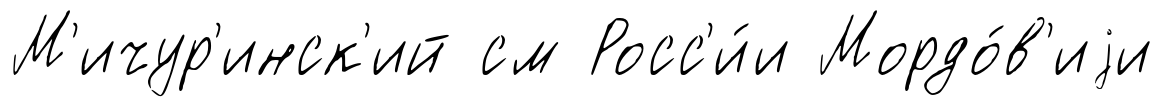
М'ичур'инск'ий см Росс'и́и Мордо́в'иjи